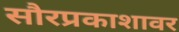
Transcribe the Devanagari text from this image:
सौरप्रकाशावर